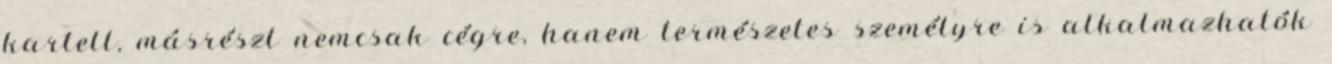
kartell, másrészt nemcsak cégre, hanem természetes személyre is alkalmazhatók